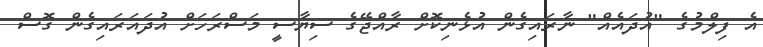
އެ ފިލްމުގެ "އުދައެއް" ނާރައިގެން އުޅެނިކޮށް ރާއްޖޭގެ ސިޔާސީ މަސްރަހަށް އުދައަރައިގެން ގޮސް